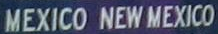
MEXICO NEWMEXICO